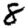
Digit: 8